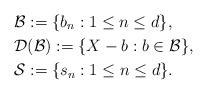
LaTeX: \begin{align*}&\mathcal{B}:=\{b_n:1\leq n\leq d\},\\&\mathcal{D}(\mathcal{B}):=\{X-b:b\in\mathcal{B}\},\\&\mathcal{S}:=\{s_n:1\leq n\leq d\}.\end{align*}